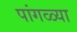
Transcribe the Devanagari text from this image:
पांगळ्या